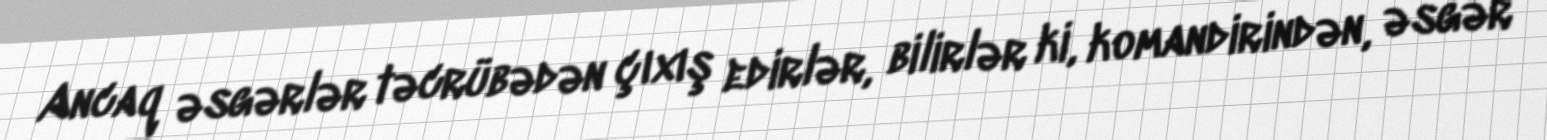
Ancaq əsgərlər təcrübədən çıxış edirlər, bilirlər ki, komandirindən, əsgər